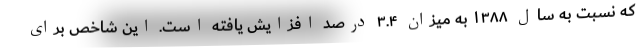
که نسبت به سال ۱۳۸۸ به میزان ۳.۴ درصد افزایش یافته است. این شاخص برای